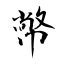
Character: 幤